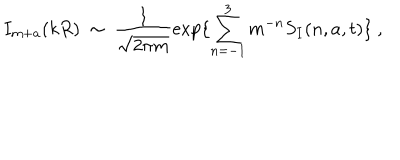
I _ { m + a } ( k R ) \ \sim \ \frac { 1 } { \sqrt { 2 \pi m } } \exp \{ \sum _ { n = - 1 } ^ { 3 } m ^ { - n } S _ { I } ( n , a , t ) \} \ ,